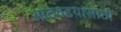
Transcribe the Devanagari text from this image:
आठवडय़ांसाठी